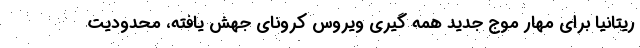
ریتانیا برای مهار موج جدید همه گیری ویروس کرونای جهش یافته، محدودیت